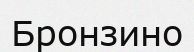
Бронзино